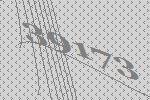
39173